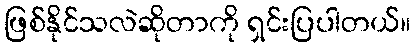
ဖြစ်နိုင်သလဲဆိုတာကို ရှင်းပြပါတယ်။